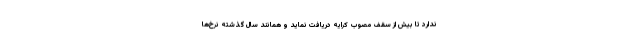
ندارد تا بیش از سقف مصوب کرایه دریافت نماید و همانند سال گذشته نرخ‌ها